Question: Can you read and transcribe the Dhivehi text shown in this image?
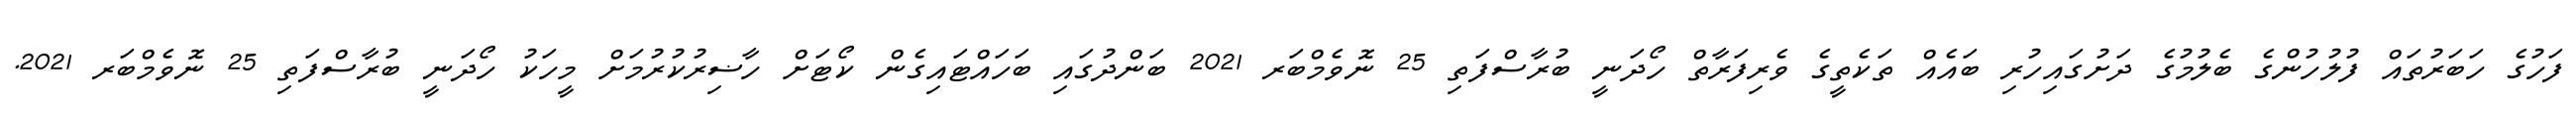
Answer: ފަހުގެ ހަބަރުތައް ފުލުހުންގެ ބެލުމުގެ ދަށުގައިހުރި ބައެއް ތަކެތީގެ ވެރިފަރާތް ހޯދަނީ ބުރާސްފަތި 25 ނޮވެމްބަރ 2021 ބަންދުގައި ބަހައްޓައިގެން ކޯޓަށް ހާޟިރުކުރުމަށް މީހަކު ހޯދަނީ ބުރާސްފަތި 25 ނޮވެމްބަރ 2021.